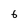
Character: 6